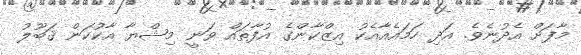
މާފަށް އެދުނެވެ. އަދި ހަމައެއާއެކު އިޒްކާންގެ އުފާތައް ވަނީ މިޝްޔާ އާކުކަން ޤަބޫލު